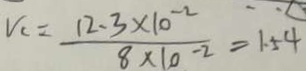
V _ { c } = \frac { 1 2 . 3 \times 1 0 ^ { - 2 } } { 8 \times 1 0 ^ { - 2 } } = 1 . 5 4